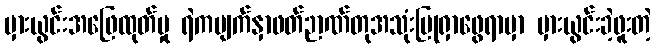
မှားယွင်းအဖြေထုတ်မှု ရဲကမျက်နှာဖတ်ဉာဏ်တုအသုံးပြုရှာဖွေရာမှာ မှားယွင်းခဲ့ဖူးတဲ့